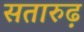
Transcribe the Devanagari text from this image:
सतारुढ़